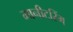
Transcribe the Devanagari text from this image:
मानीटरिंग